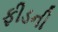
ફીડની